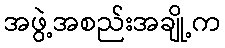
အဖွဲ့အစည်းအချို့က